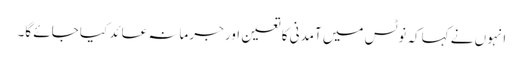
انہوں نے کہاکہ نوٹس میں آمدنی کا تعین اور جرمانہ عائد کیا جائے گا۔